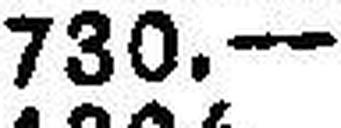
730.—